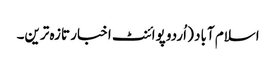
اسلام آباد ( اُردو پوائنٹ اخبار تازہ ترین۔